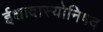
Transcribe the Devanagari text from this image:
ईशावास्योनिषद